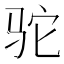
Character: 驼